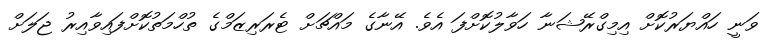
ވަނީ ހައްޔަރުކޮށް އިމިގްރޭޝަނާ ހަވާލުކޮށްފަ އެވެ. އޭނާގެ މައްޗަށް ޓެރަރިޒަމްގެ ތުހްމަތުކޮށްފައިވާއިރު ޖަލަށް